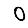
Digit: 0